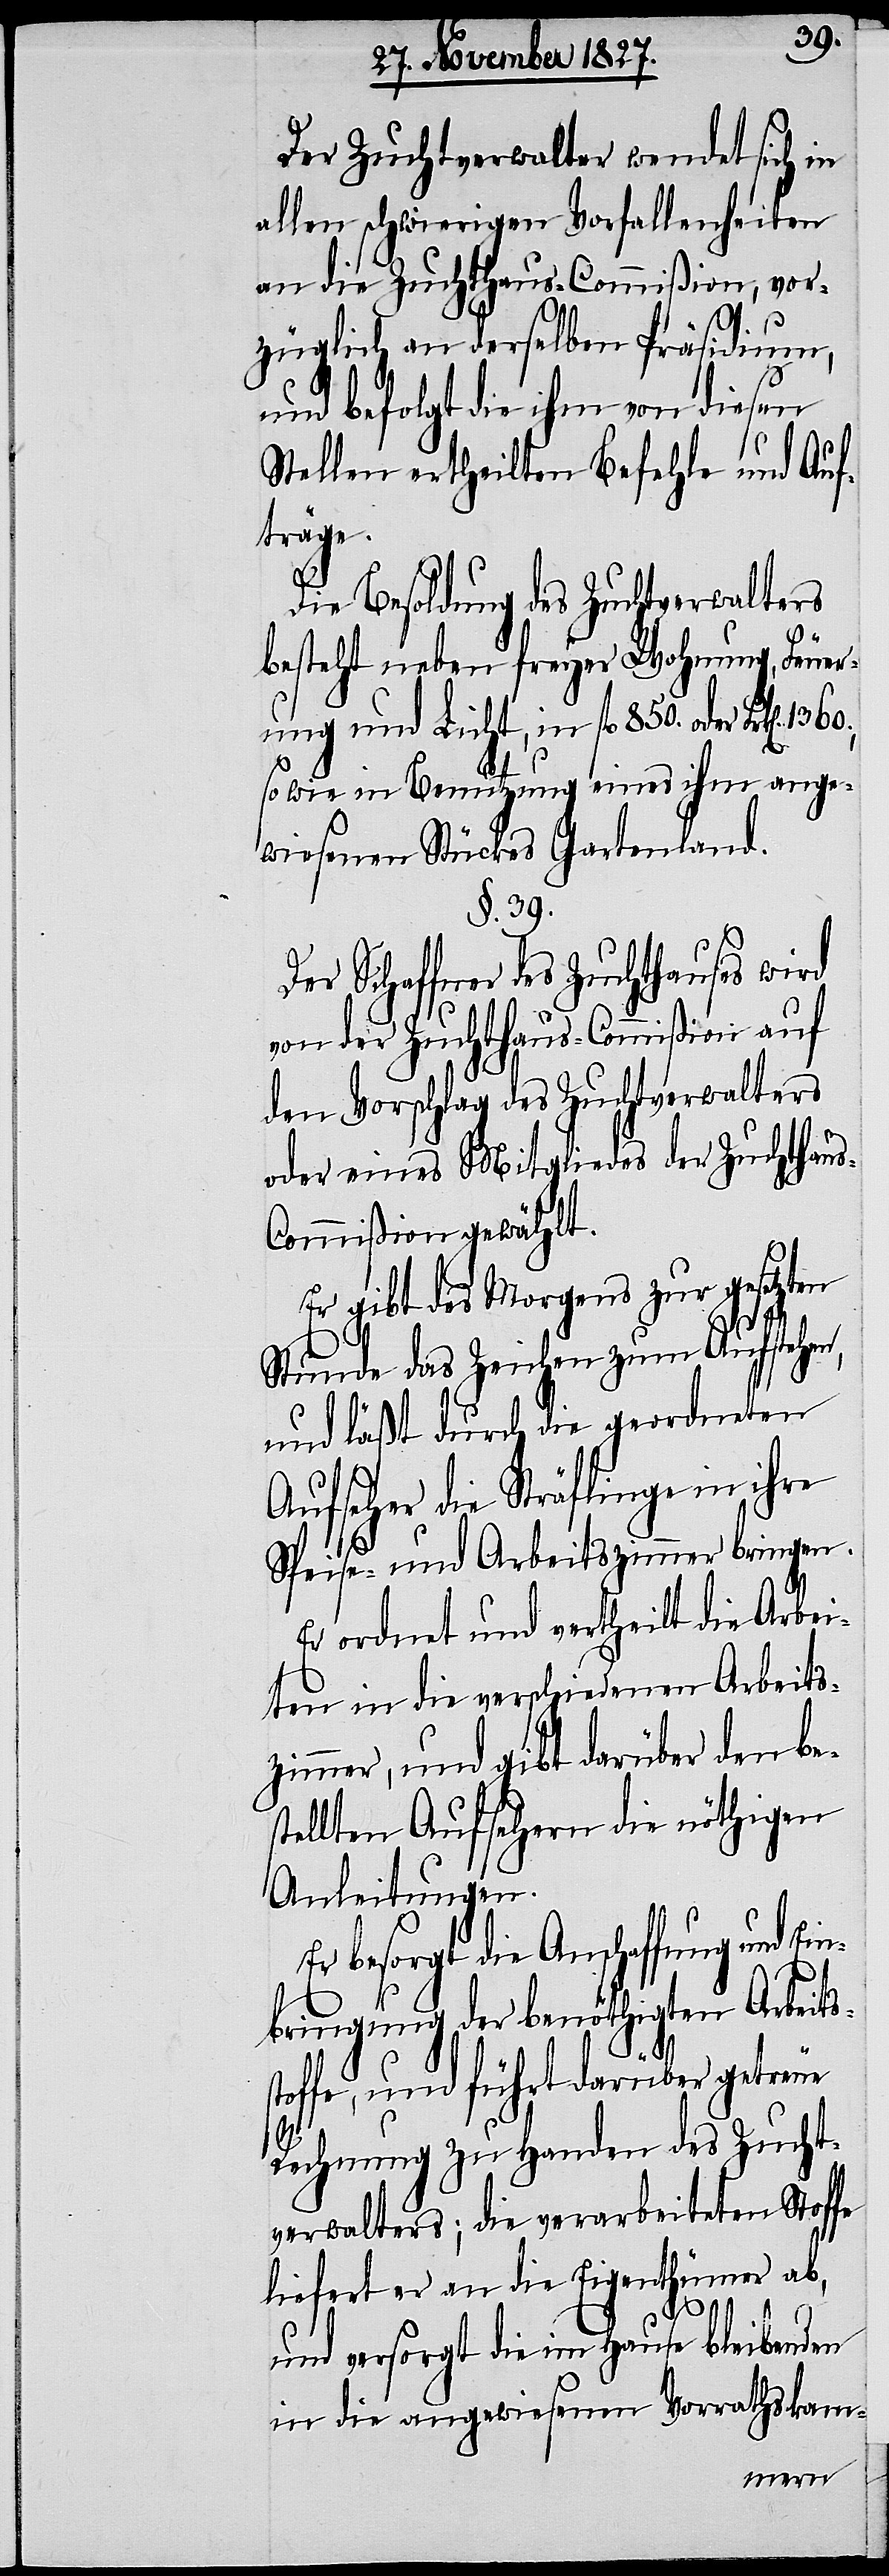
Der Zuchtverwalter wendet sich in
allen schwierigen Vorfallenheiten
an die Zuchthaus-Commißion, vor¬
züglich an derselben Präsidium,
und befolgt die ihm von diesen
Stellen ertheilten Befehle und Auf¬
träge.
Die Besoldung des Zuchtverwalters
besteht neben freyer Wohnung, Feuer¬
ung und Licht, in fl. 850. oder Frk[en].
so wie in Benutzung eines ihm ange¬
wiesenen Stückes Gartenland.
§. 39.
Der Schaffner des Zuchthauses wird
von der Zuchthaus-Commißion auf
den Vorschlag des Zuchtverwalters
oder eines Mitgliedes der Zuchthau¬
s-Commißion gewählt.
Er gibt des Morgens zur gesetzten
Stunde das Zeichen zum Aufstehen,
und läßt durch die geordneten
Aufseher die Sträflinge in ihre
Speise- und Arbeitszimmer bringen.
Er ordnet und vertheilt die Arbei¬
ten in die verschiedenen Arbeits¬
zimmer, und gibt darüber den be¬
stellten Aufsehern die nöthigen
Anleitungen.
Er besorgt die Anschaffung und
bringung der benöthigten Arbeits¬
toffe, und führt darüber getreue
s¬
Rechnung zu Handen des Zucht¬
verwalters; die verarbeiteten Stoffe
liefert er an die Eigenthümer ab,
und versorgt die im Hause bleibenden
in die angewiesenen Vorrathskam-